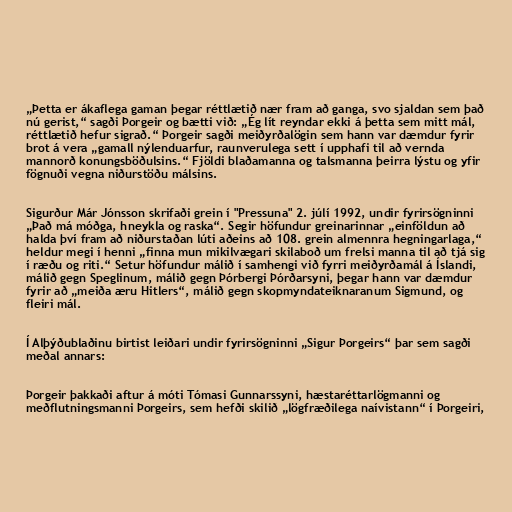
„Þetta er ákaflega gaman þegar réttlætið nær fram að ganga, svo sjaldan sem það
nú gerist,“ sagði Þorgeir og bætti við: „Ég lít reyndar ekki á þetta sem mitt mál,
réttlætið hefur sigrað.“ Þorgeir sagði meiðyrðalögin sem hann var dæmdur fyrir
brot á vera „gamall nýlenduarfur, raunverulega sett í upphafi til að vernda
mannorð konungsböðulsins.“ Fjöldi blaðamanna og talsmanna þeirra lýstu og yfir
fögnuði vegna niðurstöðu málsins.

Sigurður Már Jónsson skrifaði grein í "Pressuna" 2. júlí 1992, undir fyrirsögninni
„Það má móðga, hneykla og raska“. Segir höfundur greinarinnar „einföldun að
halda því fram að niðurstaðan lúti aðeins að 108. grein almennra hegningarlaga,“
heldur megi í henni „finna mun mikilvægari skilaboð um frelsi manna til að tjá sig
í ræðu og riti.“ Setur höfundur málið í samhengi við fyrri meiðyrðamál á Íslandi,
málið gegn Speglinum, málið gegn Þórbergi Þórðarsyni, þegar hann var dæmdur
fyrir að „meiða æru Hitlers“, málið gegn skopmyndateiknaranum Sigmund, og
fleiri mál.

Í Alþýðublaðinu birtist leiðari undir fyrirsögninni „Sigur Þorgeirs“ þar sem sagði
meðal annars:

Þorgeir þakkaði aftur á móti Tómasi Gunnarssyni, hæstaréttarlögmanni og
meðflutningsmanni Þorgeirs, sem hefði skilið „lögfræðilega naívistann“ í Þorgeiri,